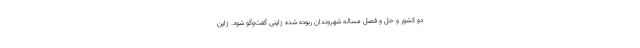
دو کشور و حل و فصل مسأله شهروندان ربوده شده ژاپنی گفت‌وگو شود. ژاپن